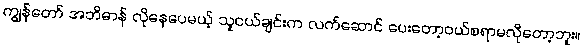
ကျွန်တော် အဘိဓာန် လိုနေပေမယ့် သူငယ်ချင်းက လက်ဆောင် ပေးတော့ဝယ်စရာမလိုတော့ဘူး။